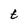
Character: t